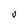
Character: U